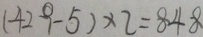
( 4 2 9 - 5 ) \times 2 = 8 4 8